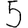
Digit: 5